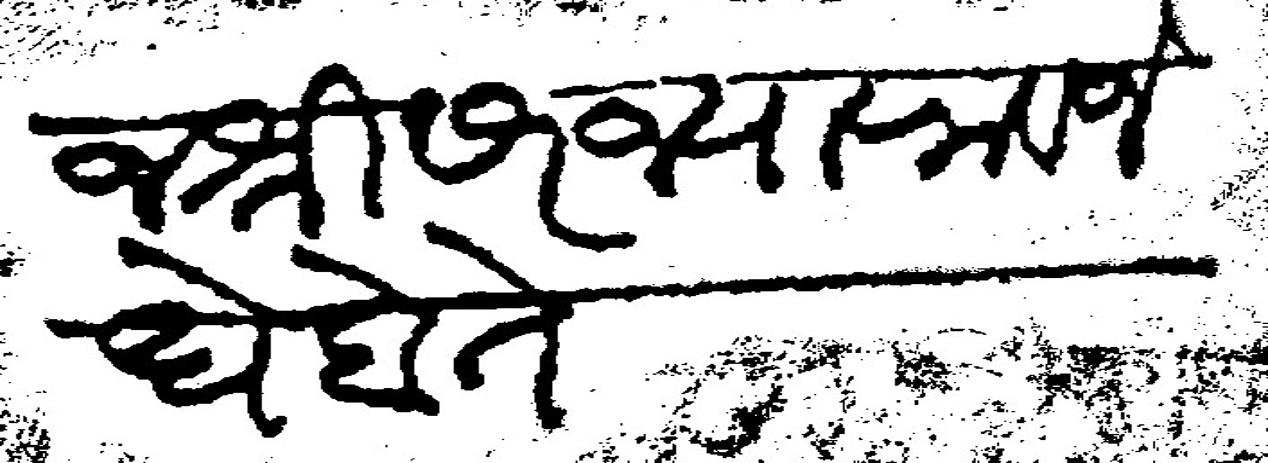
Transliteration (Devanagari): राजश्री सरज्याराव जेधे होते